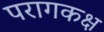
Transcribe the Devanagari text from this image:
परागकक्ष